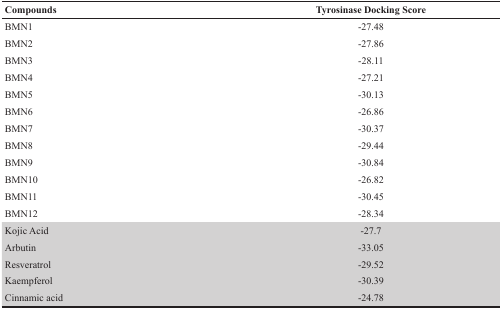
<table><thead><tr><td><b>Compounds</b></td><td><b>Tyrosinase Docking Score</b></td></tr></thead><tbody><tr><td>BMN1</td><td>-27.48</td></tr><tr><td>BMN2</td><td>-27.86</td></tr><tr><td>BMN3</td><td>-28.11</td></tr><tr><td>BMN4</td><td>-27.21</td></tr><tr><td>BMN5</td><td>-30.13</td></tr><tr><td>BMN6</td><td>-26.86</td></tr><tr><td>BMN7</td><td>-30.37</td></tr><tr><td>BMN8</td><td>-29.44</td></tr><tr><td>BMN9</td><td>-30.84</td></tr><tr><td>BMN10</td><td>-26.82</td></tr><tr><td>BMN11</td><td>-30.45</td></tr><tr><td>BMN12</td><td>-28.34</td></tr><tr><td>Kojic Acid</td><td>-27.7</td></tr><tr><td>Arbutin</td><td>-33.05</td></tr><tr><td>Resveratrol</td><td>-29.52</td></tr><tr><td>Kaempferol</td><td>-30.39</td></tr><tr><td>Cinnamic acid</td><td>-24.78</td></tr></tbody></table>